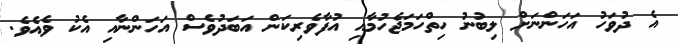
އެ ދުވަހު އަހަންނަށް ލިބުނު ހިތްހަމަޖެހުމާއި އުފާވެރިކަން އަބަދުވެސް އަހަންނާއި އެކު ވެއެވެ.